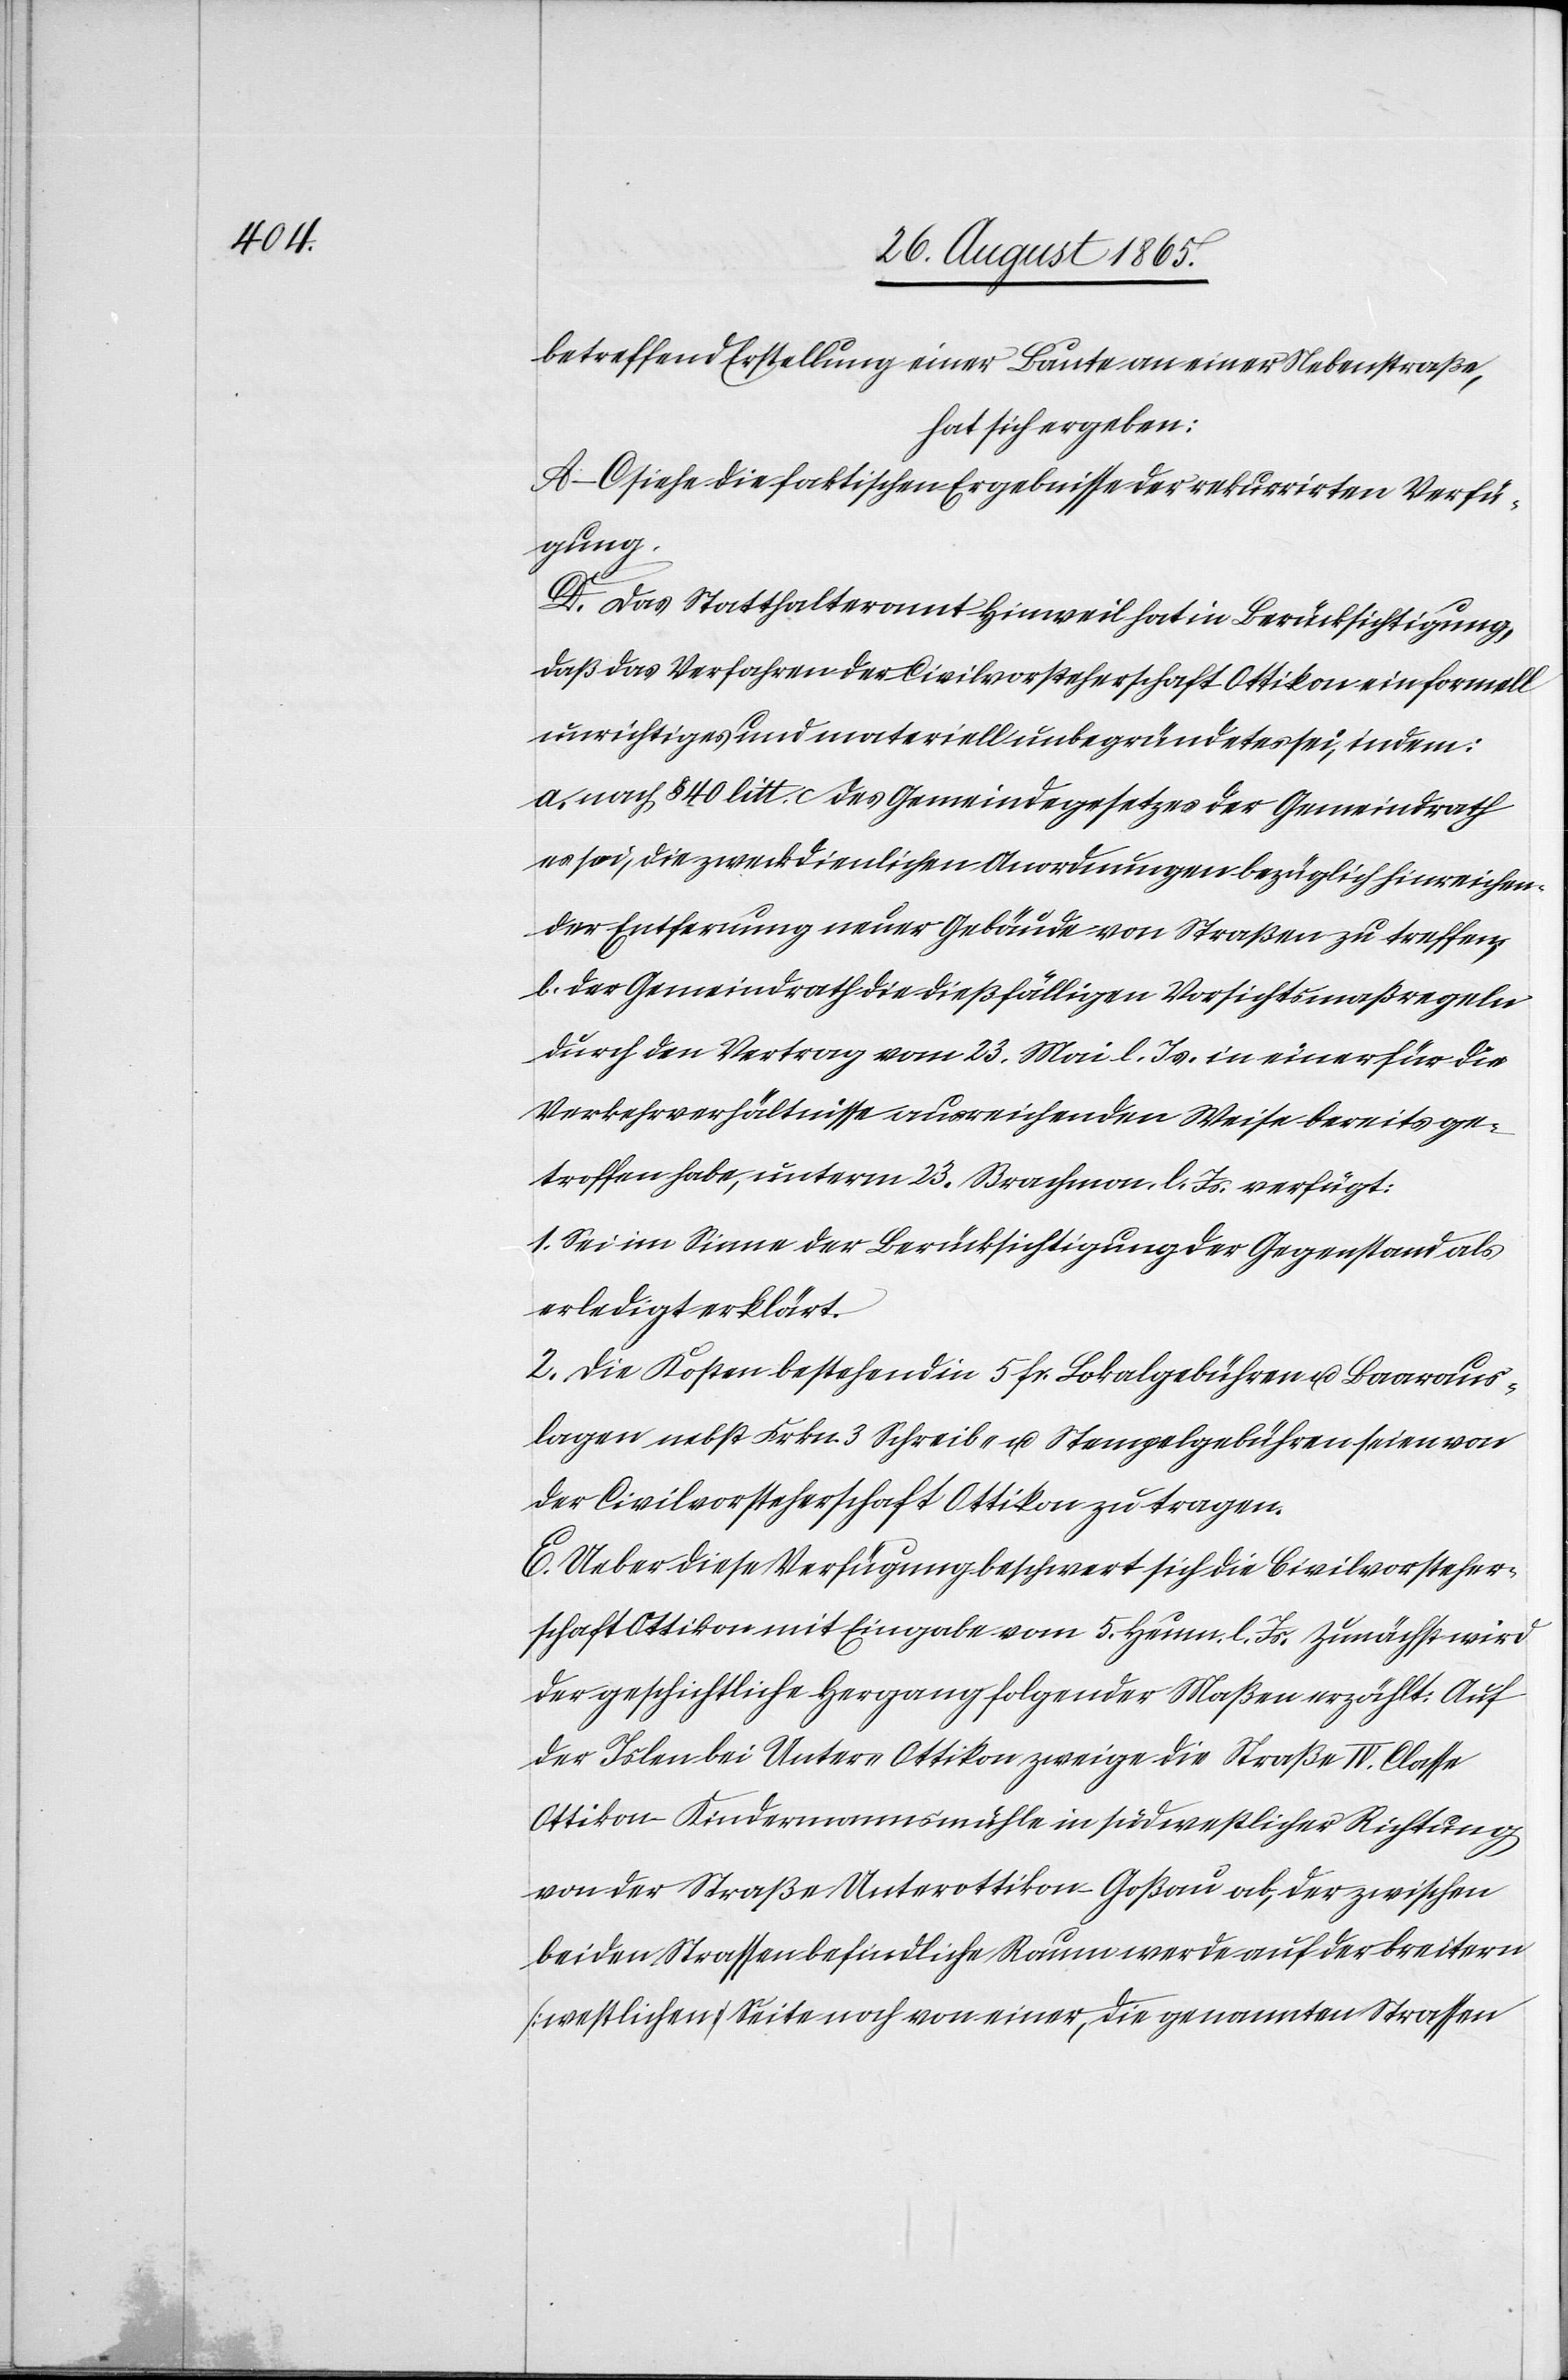
betreffend Erstellung einer Baute an einer Nebenstraße,
hat sich ergeben:
A–C siehe die faktischen Ergebnisse der rekurrirten Verfü¬
gung.
D. Das Statthalteramt Hinweil hat in Berücksichtigung,
daß das Verfahren der Civilvorsteherschaft Ottikon ein formell
unrichtiges und materiell unbegründetes sei, indem:
a. nach § 40 litt. c des Gemeindegesetzes der Gemeindrath
es sei, die zweckdienliche Anordnungen bezüglich hinreichen¬
der Entfernung neuer Gebäude von Straßen zu treffen
b. der Gemeindrath die dießfälligen Vorsichtsmaßregeln
durch den Vertrag vom 23. Mai l. Js. in einer für die
Verkehrverhältnisse ausreichenden Weise bereits ge¬
troffen habe, unterm 23. Brachmon. l. Js. verfügt:
1. Sei im Sinne der Berücksichtigung der Gegenstand als
erledigt erklärt.
2. Die Kosten bestehend in 5 fr. Lokalgebühren u. Baaraus¬
lagen nebst Frkn. 3 Schreib- u. Stempelgebühren seien von
der Civilvorsteherschaft Ottikon zu tragen.
E. Ueber diese Verfügung beschwert sich die Civilvorsteher¬
schaft Ottikon mit Eingabe vom 5. Heum. l. Js. Zunächst wird
der geschichtliche Hergang folgender Maßen erzählt: Auf
der Islen bei Unter-Ottikon zweige die Straße IV. Classse
Ottikon–Kindermannsmühle in südwestlicher Richtung
von der Straße Unterottikon Goßau, ab, der zwischen
beiden Strassen befindliche Raum werde auf der breitern
[westlichen] Seite noch von einer, die genannten Strassen